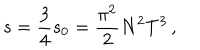
LaTeX: s = \frac 3 4 s _ { 0 } = \frac { \pi ^ { 2 } } 2 N ^ { 2 } T ^ { 3 } \, ,